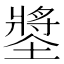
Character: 𡑶